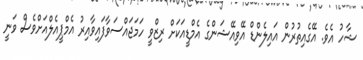
ޝާހު އެވެ. އޭގެއިތުރުން އައިލެންޑް އޭވިއޭޝަންގެ އެމްޑީއަކަށް ރިޒްވީ ހަމަޖައްސަވާފައިވާއިރު އެމްޕީއެލްއަށްވެސް ވަނީ